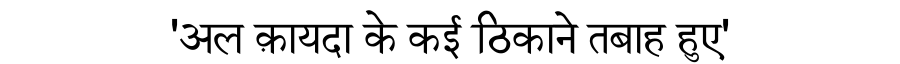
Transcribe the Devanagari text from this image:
'अल क़ायदा के कई ठिकाने तबाह हुए'